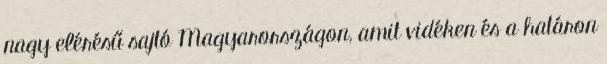
nagy elérésű sajtó Magyarországon, amit vidéken és a határon